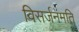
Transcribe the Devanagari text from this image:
विसर्जनमति